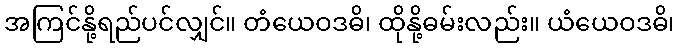
အကြင်နို့ရည်ပင်လျှင်။ တံယေဝဒဓိ၊ ထိုနို့ဓမ်းလည်း။ ယံယေဝဒဓိ၊